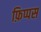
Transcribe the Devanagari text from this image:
फ़िप्पस